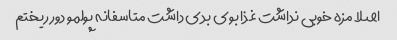
اصلا مزه خوبی نداشت غذا بوی بدی داشت متاسفانه پولمو دور ریختم